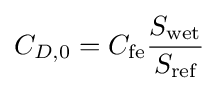
C_{D,0}=C_{\text{fe}}{\frac {S_{\text{wet}}}{S_{\text{ref}}}}